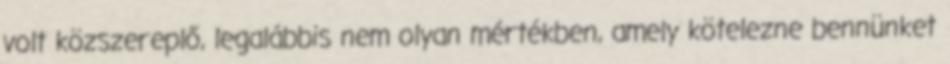
volt közszereplő, legalábbis nem olyan mértékben, amely kötelezne bennünket